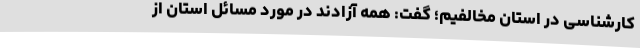
کارشناسی در استان مخالفیم؛ گفت: همه آزادند در مورد مسائل استان از